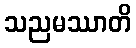
သညမဿာတိ